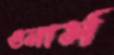
ওনার্স